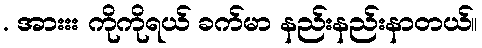
. အားးး ကိုကိုရယ် ခက်မာ နည်းနည်းနာတယ်။